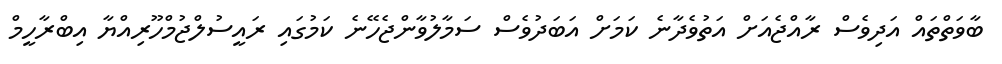
ބާވަތްތައް އަދިވެސް ރާއްޖެއަށް އަތުވެދާނެ ކަމަށް އަބަދުވެސް ސަމާލުވާންޖެހޭނެ ކަމުގައި ރައީސުލްޖުމްހޫރިއްޔާ އިބްރާހީމް